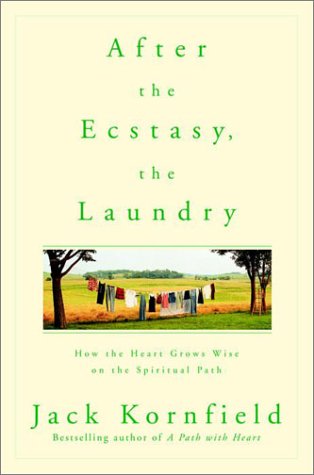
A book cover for After the Ecstasy, the Laundry: How the Heart Grows Wise on the Spiritual Path; Jack Kornfield; Religion & Spirituality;